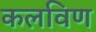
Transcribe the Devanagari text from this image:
कलविण